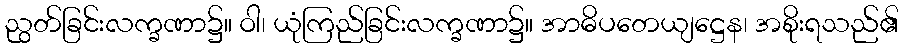
ညွတ်ခြင်းလက္ခဏာ၌။ ဝါ၊ ယုံကြည်ခြင်းလက္ခဏာ၌။ အာဓိပတေယျဋ္ဌေန၊ အစိုးရသည်၏